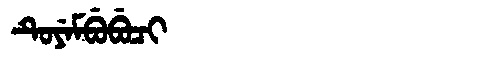
Manchu: ᡨᡠᠶᡝᠮᠪᡠᠪᡠᠴᡳ
Romanization: TUYEMBUBUCI